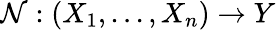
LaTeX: \mathcal{N}:(X_{1},...,X_{n})\rightarrow Y